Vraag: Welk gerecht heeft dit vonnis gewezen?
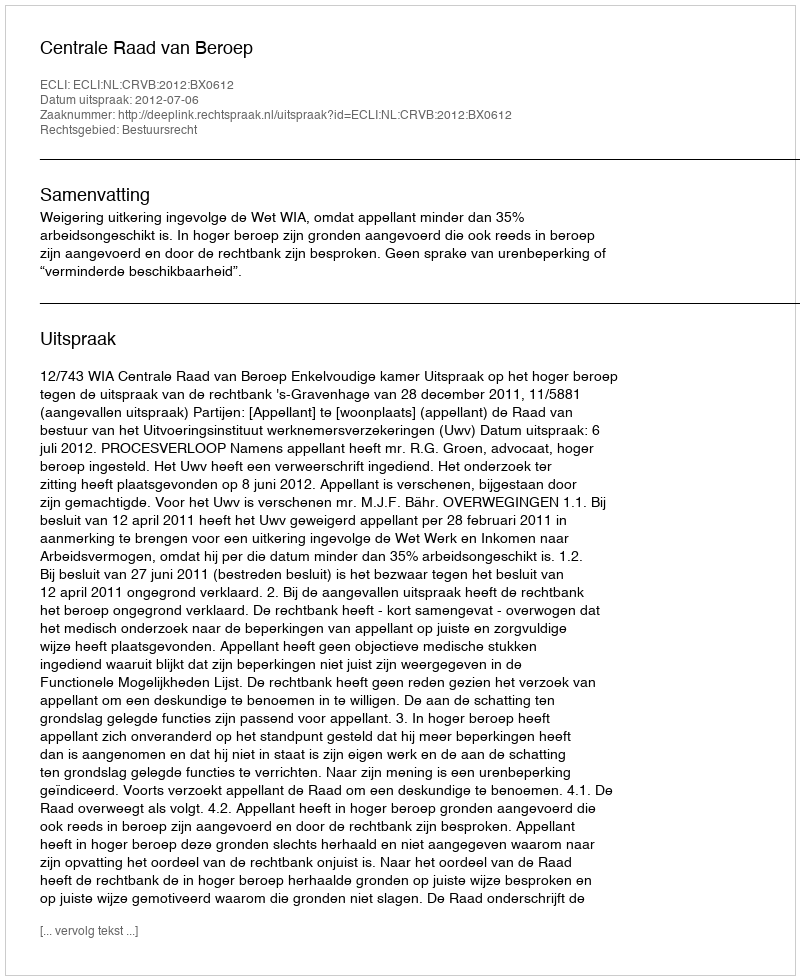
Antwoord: Centrale Raad van Beroep